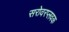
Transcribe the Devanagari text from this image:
सरोवरप्लवक